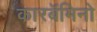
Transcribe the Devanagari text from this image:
कारबॅमिनो